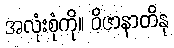
အလုံးစုံကို။ ဝိဇာနာတိနု